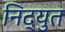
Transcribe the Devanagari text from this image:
निद्युत